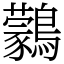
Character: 鸏